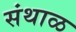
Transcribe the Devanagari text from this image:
संथाळ